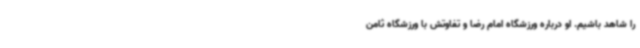
را شاهد باشیم. او درباره ورزشگاه امام رضا و تفاوتش با ورزشگاه ثامن